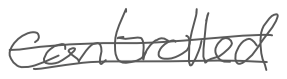
Text: controlled
Cross-out: double-line
Writing tool: digital_gray